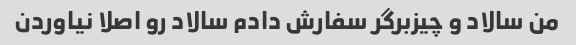
من سالاد و چیزبرگر سفارش دادم سالاد رو اصلا نیاوردن